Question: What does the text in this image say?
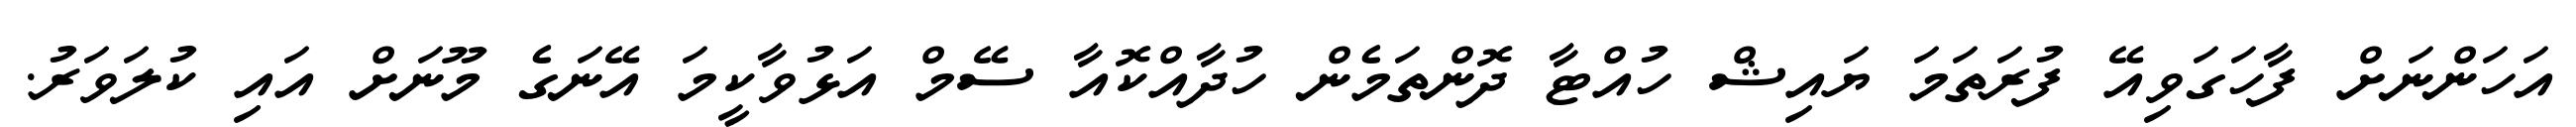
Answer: އަހަންނަށް ފާހަގަވިއޭ ފުރަތަމަ ޔައިޝް ހުއްޓާ ދޮންތަމެން ހުދާއްކޮއާ ސޭމް އަޅުވާކީމަ އޭނަގެ މޫނަށް އައި ކުލަވަރު.